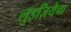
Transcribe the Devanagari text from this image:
लुइज़ियैना